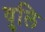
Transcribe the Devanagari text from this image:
वुलि